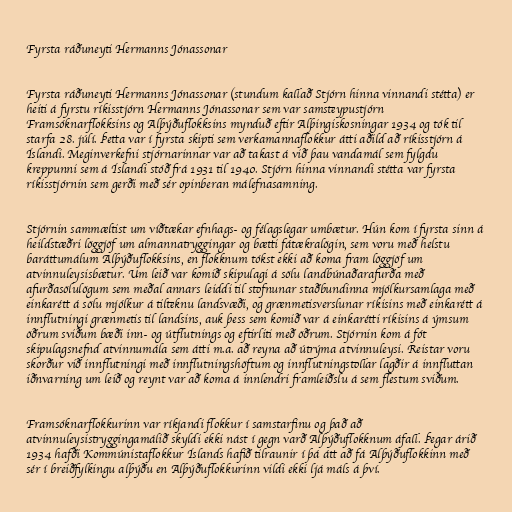
Fyrsta ráðuneyti Hermanns Jónassonar

Fyrsta ráðuneyti Hermanns Jónassonar (stundum kallað Stjórn hinna vinnandi stétta) er
heiti á fyrstu ríkisstjórn Hermanns Jónassonar sem var samsteypustjórn
Framsóknarflokksins og Alþýðuflokksins mynduð eftir Alþingiskosningar 1934 og tók til
starfa 28. júlí. Þetta var í fyrsta skipti sem verkamannaflokkur átti aðild að ríkisstjórn á
Íslandi. Meginverkefni stjórnarinnar var að takast á við þau vandamál sem fylgdu
kreppunni sem á Íslandi stóð frá 1931 til 1940. Stjórn hinna vinnandi stétta var fyrsta
ríkisstjórnin sem gerði með sér opinberan málefnasamning.

Stjórnin sammæltist um víðtækar efnhags- og félagslegar umbætur. Hún kom í fyrsta sinn á
heildstæðri löggjöf um almannatryggingar og bætti fátækralögin, sem voru með helstu
baráttumálum Alþýðuflokksins, en flokknum tókst ekki að koma fram löggjöf um
atvinnuleysisbætur. Um leið var komið skipulagi á sölu landbúnaðarafurða með
afurðasölulögum sem meðal annars leiddi til stofnunar staðbundinna mjólkursamlaga með
einkarétt á sölu mjólkur á tilteknu landsvæði, og grænmetisverslunar ríkisins með einkarétt á
innflutningi grænmetis til landsins, auk þess sem komið var á einkarétti ríkisins á ýmsum
öðrum sviðum bæði inn- og útflutnings og eftirliti með öðrum. Stjórnin kom á fót
skipulagsnefnd atvinnumála sem átti m.a. að reyna að útrýma atvinnuleysi. Reistar voru
skorður við innflutningi með innflutningshöftum og innflutningstollar lagðir á innfluttan
iðnvarning um leið og reynt var að koma á innlendri framleiðslu á sem flestum sviðum.

Framsóknarflokkurinn var ríkjandi flokkur í samstarfinu og það að
atvinnuleysistryggingamálið skyldi ekki nást í gegn varð Alþýðuflokknum áfall. Þegar árið
1934 hafði Kommúnistaflokkur Íslands hafið tilraunir í þá átt að fá Alþýðuflokkinn með
sér í breiðfylkingu alþýðu en Alþýðuflokkurinn vildi ekki ljá máls á því.